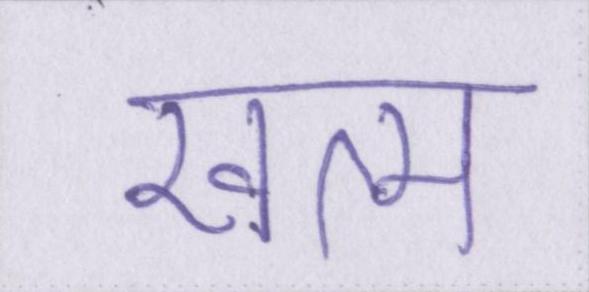
खत्म